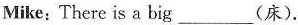
Mike:There is a big_________(床).